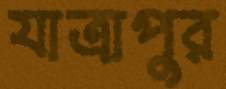
যাত্রাপুর